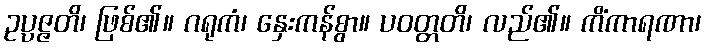
ဥပ္ပဇ္ဇတိ၊ ဖြစ်၏။ ဂရုကံ၊ နှေးကန်စွာ။ ပဝတ္တတိ၊ လည်၏။ ကိံကာရဏာ၊